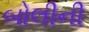
બોલીની